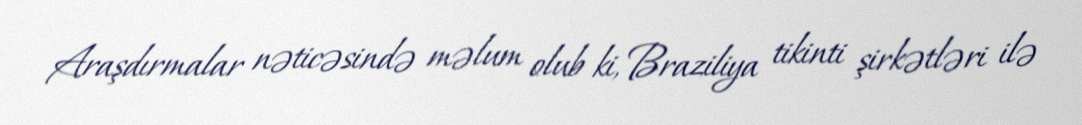
Araşdırmalar nəticəsində məlum olub ki, Braziliya tikinti şirkətləri ilə